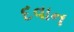
દવાન